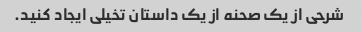
شرحی از یک صحنه از یک داستان تخیلی ایجاد کنید.